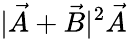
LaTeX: |\vec{A}+\vec{B}|^{2}\vec{A}